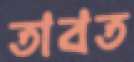
তাবত